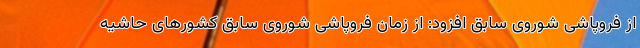
از فروپاشی شوروی سابق افزود: از زمان فروپاشی شوروی سابق کشورهای حاشیه